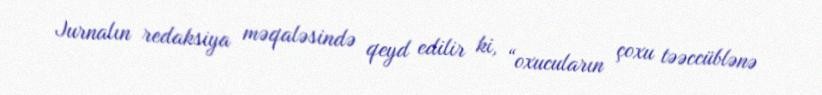
Jurnalın redaksiya məqaləsində qeyd edilir ki, “oxucuların çoxu təəccüblənə